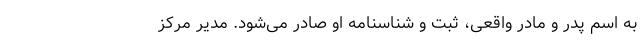
به اسم پدر و مادر واقعی، ثبت و شناسنامه او صادر می‌شود. مدیر مرکز